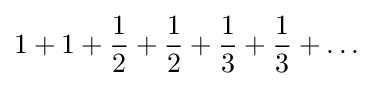
1+1+{\frac {1}{2}}+{\frac {1}{2}}+{\frac {1}{3}}+{\frac {1}{3}}+\dots